Indian journal of veterinary science and animal husbandry - Volumes 24-25, 1954-1955
Year: 1954
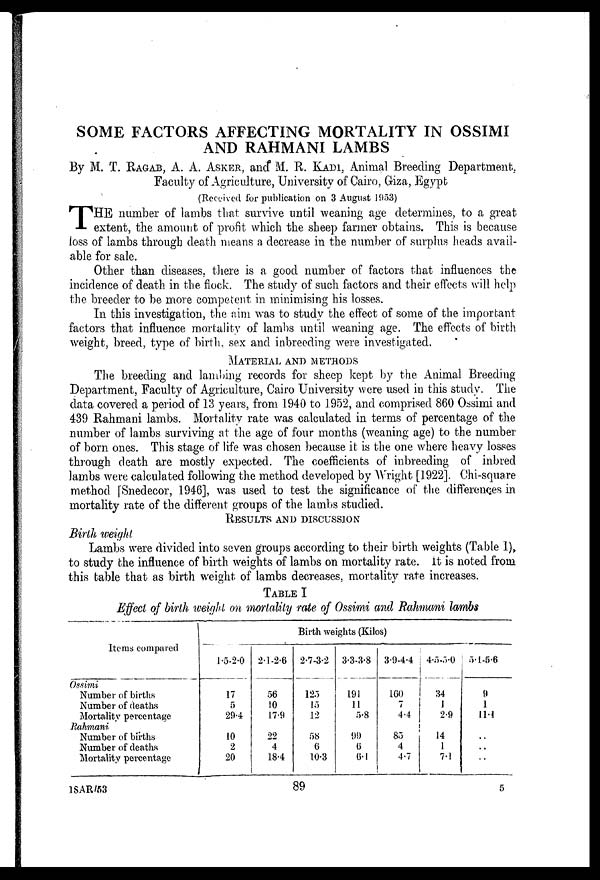
SOME FACTORS AFFECTING MORTALITY IN OSSIMI
AND RAHMANI LAMBS
By M. T. RAGAB, A. A. ASKER, and M. R. KADI, Animal Breeding Department,
Faculty of Agriculture, University of Cairo, Giza, Egypt
(Received for publication on 3 August 1953)
THE number of lambs that survive until weaning age determines, to a great
extent, the amount of profit which the sheep farmer obtains. This is because
loss of lambs through death means a decrease in the number of surplus heads avail-
able for sale.
Other than diseases, there is a good number of factors that influences the
incidence of death in the flock. The study of such factors and their effects will help
the breeder to be more competent in minimising his losses.
In this investigation, the aim was to study the effect of some of the important
factors that influence mortality of lambs until weaning age. The effects of birth
weight, breed, type of birth, sex and inbreeding were investigated.
MATERIAL AND METHODS The breeding and landing records for shee
Department, Faculty of Agriculture, Cairo University were used in this study. The
data covered a period of 13 years, from 1940 to 1952, and comprised 860 Ossimi and
439 Rahmani lambs. Mortality rate was calculated in terms of percentage of the
number of lambs surviving at the age of four months (weaning age) to the number
of born ones. This stage of life was chosen because it is the one where heavy losses
through death are mostly expected. The coefficients of inbreeding of inbred
lambs were calculated following the method developed by Wright [1922]. Chi-square
method [Snedecor, 1946], was used to test the significance of the differences in
mortality rate of the different groups of the lambs studied.
RESULTS AND DISCUSSION Birth
Lambs were divided into seven groups according to their birth weights (Table 1),
to study the influence of birth weights of lambs on mortality rate. it is noted from
this table that as birth weight of lambs decreases, mortality rate increases.
TABLE I
Effect of birth weight on mortality rate of Ossimi and Rahmani lambs
Items compared
Ossimi
Number of births
Number of deaths
Mortality percentage
Rahmani
Number of births
Number of deaths
Mortality percentage
Birth weights (Kilos)
1.5-2.0
17
5
29.4
10
2
20
2.1-2.6
56
10
17.9
22
4
18.4
2.7-3.2
125
15
12
58
6
10.3
3.3-3.8
191
11
5.8
99
6
6.1
3.9-4.4
160
7
4.4
85
4
4.7
4.5-5.0
34
1
2.9
14
1
7.1
5.1-5.6
9
1
11.1
..
..
..
18AR/53
89
5